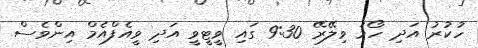
ހުކުރު އަދި ހޯމަ ވިލޭރޭ 9:30 ގައި ވީޓީވީ އަދި ވީއެފްއެމް އިންވެސް